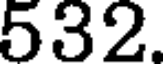
532.